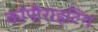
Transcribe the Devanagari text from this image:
कॉपीराइटिंग